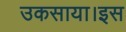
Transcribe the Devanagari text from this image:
उकसाया।इस